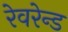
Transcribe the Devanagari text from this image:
रेवरेन्ड